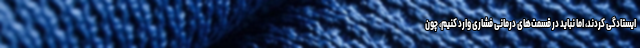
ایستادگی کردند، اما نباید در قسمت‌های درمانی فشاری وارد کنیم، چون